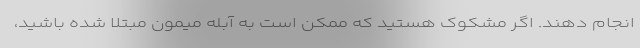
انجام دهند. اگر مشکوک هستید که ممکن است به آبله میمون مبتلا شده باشید،